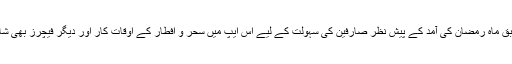
مبشر احمد کے مطابق ماہ رمضان کی آمد کے پیش نظر صارفین کی سہولت کے لیے اس ایپ میں سحر و افطار کے اوقات کار اور دیگر فیچرز بھی شامل کیے جائیں گے۔